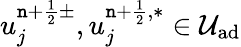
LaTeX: u_{j}^{\mathtt{n}+\frac{{1}}{{2}}\pm},u_{j}^{\mathtt{n}+\frac{{1}}{{2}},\ast}\in\mathcal{{U}}_{\textrm{{ad}}}